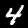
Digit: 4